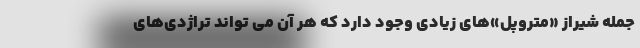
جمله شیراز «متروپل»‌های زیادی وجود دارد که هر آن می تواند تراژدی‌های